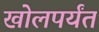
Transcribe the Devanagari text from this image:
खोलपर्यंत